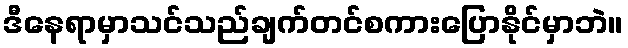
ဒီနေရာမှာသင်သည်ချက်တင်စကားပြောနိုင်မှာဘဲ။